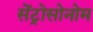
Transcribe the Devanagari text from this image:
सेंट्रोसोनोम